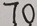
7 0